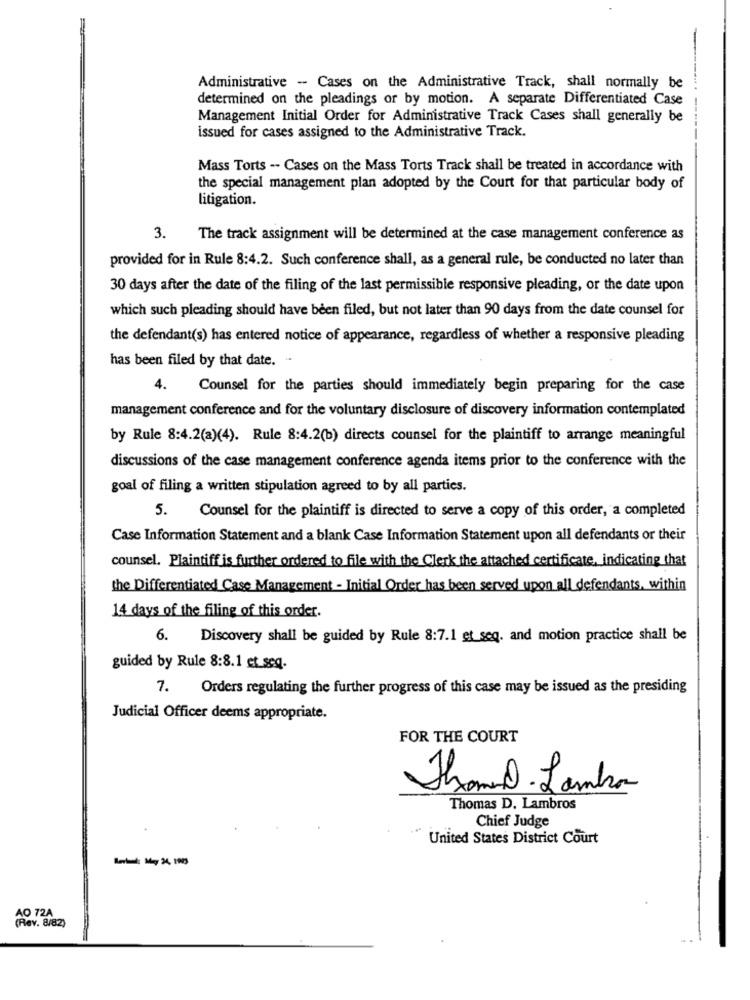
Administrative -- Cases on the Administrative Track, shall normally be
determined on the pleadings or by motion. A separate Differentiated Case
-
Management Initial Order for Administrative Track Cases shall generally be
issued for cases assigned to the Administrative Track.
Mass Torts -- Cases on the Mass Torts Track shall be treated in accordance with
the special management plan adopted by the Court for that particular body of
litigation.
3.
The track assignment will be determined at the case management conference as
provided for in Rule 8:4.2. Such conference shall, as a general rule, be conducted no later than
30 days after the date of the filing of the last permissible responsive pleading, or the date upon
which such pleading should have been filed, but not later than 90 days from the date counsel for
the defendant(s) has entered notice of appearance, regardless of whether a responsive pleading
has been filed by that date. ..
4.
Counsel for the parties should immediately begin preparing for the case
management conference and for the voluntary disclosure of discovery information contemplated
by Rule 8:4.2(a)(4). Rule 8:4.2(b) directs counsel for the plaintiff to arrange meaningful
discussions of the case management conference agenda items prior to the conference with the
goal of filing a written stipulation agreed to by all parties.
5.
Counsel for the plaintiff is directed to serve a copy of this order, a completed
Case Information Statement and a blank Case Information Statement upon all defendants or their
counsel. Plaintiff is further ordered to file with the Clerk the attached certificate, indicating that
the Differentiated Case Management - Initial Order has been served upon all defendants, within
14 days of the filing of this order.
6.
Discovery shall be guided by Rule 8:7.1 et seq. and motion practice shall be
guided by Rule 8:8.1 et seq.
7. Orders regulating the further progress of this case may be issued as the presiding
Judicial Officer deems appropriate.
FOR THE COURT
Jamal.Lamba
Thomas D. Lambros
Chief Judge
United States District Court
AO 72A
(Rev. 8/82)